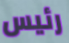
رئيس